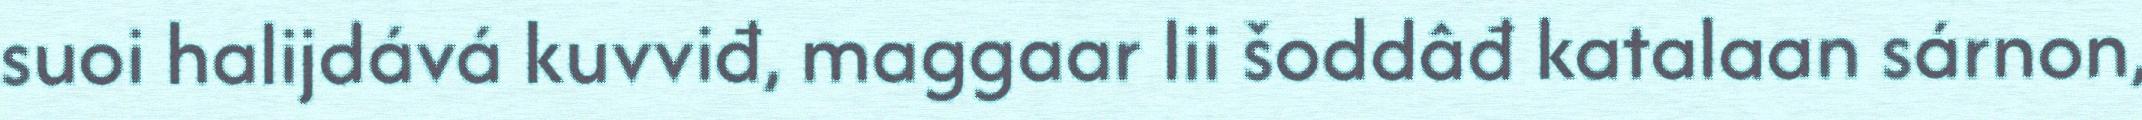
suoi halijdává kuvviđ, maggaar lii šoddâđ katalaan sárnon,